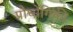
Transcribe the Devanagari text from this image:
प्रौघोगिकी